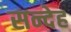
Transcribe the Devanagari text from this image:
सन्‍देह